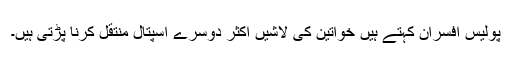
پولیس افسران کہتے ہیں خواتین کی لاشیں اکثر دوسرے اسپتال منتقل کرنا پڑتی ہیں۔